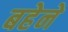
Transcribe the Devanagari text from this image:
बहेने